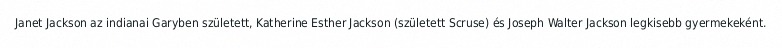
Janet Jackson az indianai Garyben született, Katherine Esther Jackson (született Scruse) és Joseph Walter Jackson legkisebb gyermekeként.